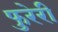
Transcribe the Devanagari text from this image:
फुरेरी